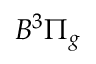
B ^ { 3 } \Pi _ { g }